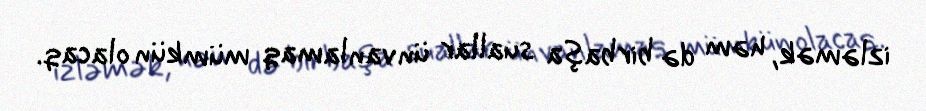
izləmək, həm də birbaşa suallar ünvanlamaq mümkün olacaq.